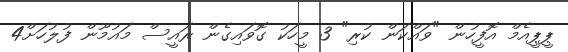
ޕީޕީއެމް އޮފީހުން "ވައްކަން ކުރި" 3 މީހަކު ގޮވައިގެން ރައީސް މައުމޫން ފުލުހަށް4